Civil Veterinary Dept. Bombay admin report 1893-99 - 1893-1899
Year: 1893
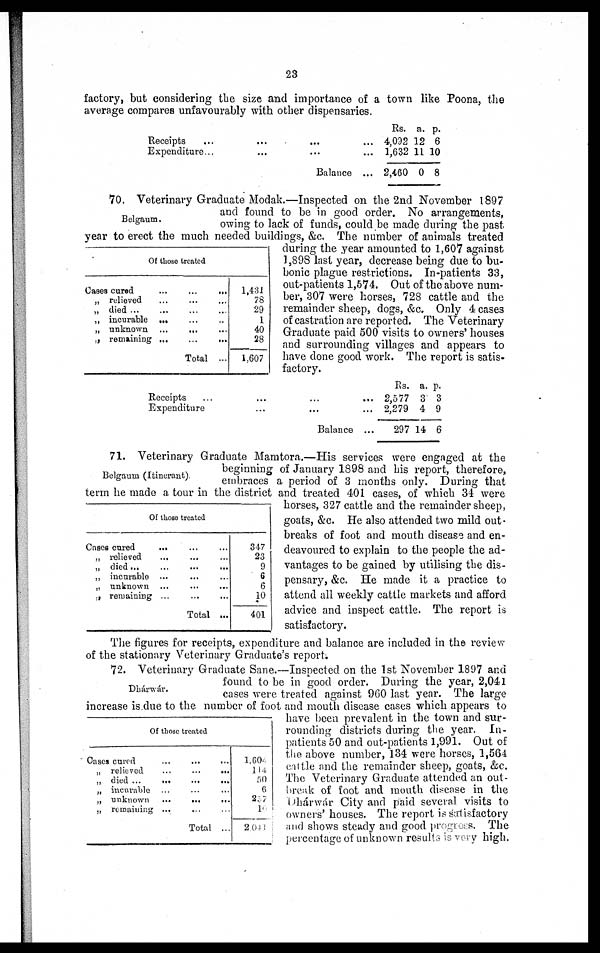
23
factory, but considering the size and importance of a town like Poona, the
average compares unfavourably with other dispensaries.
Receipts
...
...
...
...
Expenditure...... ... ...
Balance ...
Rs.
4,092
1,632
2,460
a.
12
11
0
p.
6
10
8
Belgaum.
Of those treated
Cases cured
...
...
...
„ relieved ... ... ...
„ died ... ... ... ... ...
„ incurable ... ... ...
„ unknown ...
... ...
„ remaining ...
...
...
Total ...
1,431
78
29
1
40
28
1,607
70. Veterinary Graduate Modak.—Inspected on the 2nd November 1897
and found to be in good order. No arrangements,
owing to lack of funds, could be made during the past
year to erect the much needed buildings, &c. The number of animals treated
during the year amounted to 1,607 against
1,898 last year, decrease being due to bu-
bonic plague restrictions. In-patients 33,
out-patients 1,574. Out of the above num-
ber, 307 were horses, 728 cattle and the
remainder sheep, dogs, &c. Only 4 cases
of castration are reported. The Veterinary
Graduate paid 500 visits to owners' houses
and surrounding villages and appears to
have done good work. The report is satis-
factory.
Receipts
...
...
...
...
Expenditure
...... ...
Balance ...
Rs.
2,577
2,279
297
a.
3
4
14
p.
3
9
6
Belgaum (Itinerant).
Of those treated
Cases cured ... ... ...
„ relieved ... ... ...
„ died... ... ... ...
„ incurable ... ... ...
„ unknown ... ... ...
„ remaining ... ... ...
Total ...
347
23
9
6
6
10
401
71. Veterinary Graduate Mamtora.—His services were engaged at the
beginning of January 1898 and his report, therefore,
embraces a period of 3 months only. During that
term he made a tour in the district and treated 401 cases, of which 34 were
horses, 327 cattle and the remainder sheep,
goats, &c. He also attended two mild out-
breaks of foot and mouth disease and en-
deavoured to explain to the people the ad-
vantages to be gained by utilising the dis-
pensary, &c. He made it a practice to
attend all weekly cattle markets and afford
advice and inspect cattle. The report is
satisfactory.
The figures for receipts, expenditure and balance are included in the review
of the stationary Veterinary Graduate's report.
Dhárwár.
Of those treated
Cases cured ... ... ...
„ relieved
...
...
...
„ died ...
...
...
...
„ incurable ... ... ...
„ unknown
...
...
...
„ remaining ... ... ...
Total ...
1,604
144
50
6
257
10
2,041
72. Veterinary Graduate Sane.—Inspected on the 1st November 1897 and
found to be in good order. During the year, 2,041
cases were treated against 960 last year. The large
increase is due to the number of foot and mouth disease cases which appears to
have been prevalent in the town and sur-
rounding districts during the year. In-
patients 50 and out-patients 1,991. Out of
the above number, 134 were horses, 1,564
cattle and the remainder sheep, goats, &c.
The Veterinary Graduate attended an out-
break of foot and mouth disease in the
Dhárwár City and paid several visits to
owners' houses. The report is satisfactory
and shows steady and good progress. The
percentage of unknown results is very high.